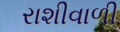
રાશીવાળી